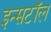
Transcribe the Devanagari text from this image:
इन्सटॉल